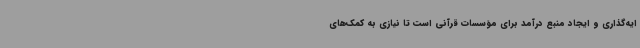
ایه‌گذاری و ایجاد منبع درآمد برای مؤسسات قرآنی است تا نیازی به کمک‌های